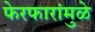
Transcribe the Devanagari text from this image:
फेरफारांमुळे